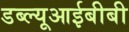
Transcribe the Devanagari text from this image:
डब्ल्यूआईबीबी